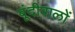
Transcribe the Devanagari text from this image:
बूंदीवालों